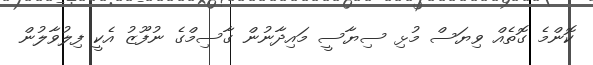
ކޮންމެ ގޮތެއް ވިޔަސް މުޅި ސިޔާސީ މައިދާނުން ގާސިމްގެ ނުފޫޒު އެކީ ފިލުވާލުން